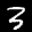
Label: 3